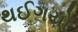
થઈગયો